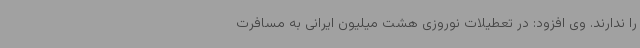
را ندارند. وی افزود: در تعطیلات نوروزی هشت میلیون ایرانی به مسافرت